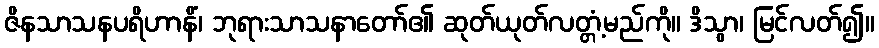
ဇိနသာသနပရိဟာနိံ၊ ဘုရားသာသနာတော်၏ ဆုတ်ယုတ်လတ္တံ့မည်ကို။ ဒိသွာ၊ မြင်လတ်၍။